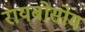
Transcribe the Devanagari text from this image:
रायबोसोम